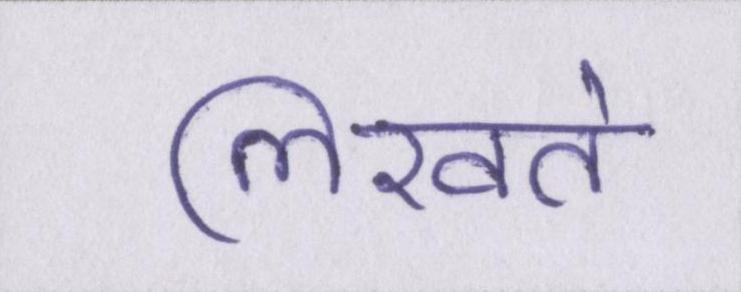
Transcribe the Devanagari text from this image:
लिखते